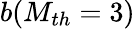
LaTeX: b(M_{th}=3)